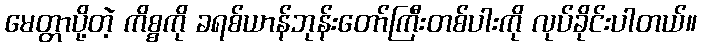
မေတ္တာပို့တဲ့ ကိစ္စကို ခရစ်ယာန်ဘုန်းတော်ကြီးတစ်ပါးကို လုပ်ခိုင်းပါတယ်။